Vital statistics of India. Vol. IV, Annual returns from 1871 to 1876. British Army of India, Native Army and jails of Bengal
Year: 1871
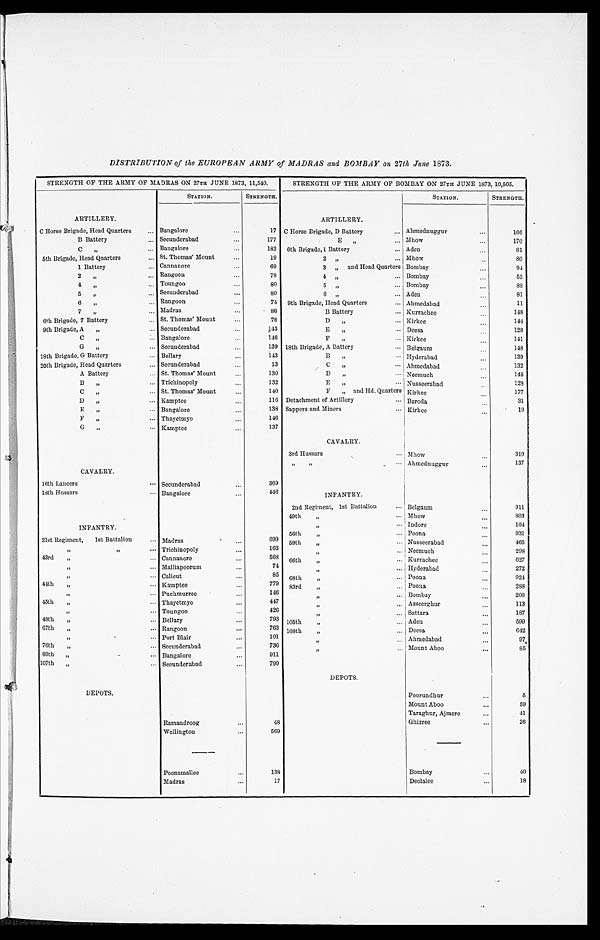
DISTRIBUTION of the EUROPEAN ARMY of MADRAS and BOMBAY on 27th June 1873.
STRENGTH OF THE ARMY OF MADRAS ON 27TH JUNE 1873, 11,540.
STRENGTH OF THE ARMY OF BOMBAY ON 27TH JUNE 1873, 10,505.
STATION.
STRENGTH.
STATION.
STRENGTH.
ARTILLERY.
ARTILLERY.
C Horse Brigade, Head Quarters . . . Bangalore . . .
17 C Horse Brigade, D Battery . . .
Ahmednuggur . . .
166
B Battery . . . Secunderabad . . .
177
E " . . .
Mhow . . .
170
C
" Bangalore . . .
182
6th Brigade, 1 Battery . . .
Aden . . .
8 1
5th Brigade, Head Quarters . . . St. Thomas' Mount . . .
19
2 " . . . Mhow . . .
80
1 Battery . . . Cannanore . . .
69
3 " and Head Quarters Bombay . . .
9 4
2 " . . . Rangoon . . .
78
4 " . . . Bombay . . .
55
4 " . . .
Toungoo . . .
80
5 " . . .
Bombay . . .
8 8
5 " . . . Secunderabad . . .
80
6 " . . .
Aden . . .
81
6 " . . . Rangoon . . .
74
9th Brigade, Head Quarters . . .
Ahmedabad . . .
11
7 " . . .
Madras . . .
86
B Battery . . .
Kurrachee . . .
1 4 8
6th Brigade, 7 Battery . . . St. Thomas' Mount . . .
78
D " . . . Kirkee . . .
1 4 4
9th Brigade, A " . . . Secunderabad . . .
143
E ". . .
Deesa . . .
1 2 8
C " . . . Bangalore . . .
146
F " . . .
Kirkee . . .
141
G " . . . Secunderabad . . .
139 18th Brigade, A Battery . . .
Belgaum . . .
1 4 8
18th Brigade, G Battery . . .
•
Bellary...
1 4 3
B ". . .
Hyderabad . . .
139
20th Brigade, Head Quarters . . . Secunderabad . . .
13
C " . . .
Ahmedabad . . .
132
A Battery . . . St. Thomas'Mount... 1 3 0
D " . . . Neemuch . . .
145
B " . . . Trichinopoly . . .
132
E" . . . Nusseerabad . . .
128
C " . . . St. Thomas' Mount . . .
140
F " and Hd. Quarters Kirkee . . .
177
D " . . . Kamptee . . .
116 Detachment of Artillery . . . Baroda . . .
31
E " . . . Bangalore . . .
138 Sappers and Miners . . . Kirkee . . .
19
F " . . . Thayetmyo . . .
146
G " . . . Kamptee . . .
137
CAVALRY.
3rd Hussars . . . Mhow . . .
319
" " . . . Ahmednuggur . . .
137
CAVALRY.
16th Lancers . . . Secunderabad . . .
369
18th Hussars . . . Bangalore . . .
446
INFANTRY.
2nd Regiment, 1st Battalion . . . Belgaum . . .
911
49th " . . . Mhow . . .
803
INFANTRY.
" . . . Indore . . .
104
56th " . . . Poona . . .
931
21st Regiment, 1st Battalion . . .
M a d r a s . . .
6 9 9
59th " . . . Nusseerabad . . .
465
" " . . . Trichinopoly . . .
163
" . . . Neemuch . . .
298
43rd " . . . Cannanore . . .
568
66th " . . . Kurrachee . . .
627
" . . . Malliapoorum . . .
74
" . . . Hyderabad . . .
2 7 2
" . . . Calicut . . .
85
68th " . . . Poona . . .
9 2 4
44th " . . . Kamptee . . .
779
83rd " . . . Poona . . .
2 8 8
" . . . Puchmurree . . .
146
" . . .
Bombay . . .
2 0 8
45th " . . . Thayetmyo . . .
447
" . . . Asseerghur . . .
113
" . . . Toungoo . . .
426
" . . . Sattara . . .
187
48th " . . . Bellary . . .
793 105th " . . . Aden . . .
5 9 9
67th " . . . Rangoon . . .
763 108th " . . . Deesa . . .
642
" . . . Port Blair . . .
101
" . . . Ahmedabad . . .
97
76th " . . . Secunderabad . . .
736
" . . . Mount Aboo . . .
85
89th " . . . Bangalore . . .
911
107th " . . . Secunderabad . . .
799
DEPOTS.
DEPOTS.
Poorundhur . . .
5
Mount Aboo . . .
59
Taraghur, Ajmere . . .
41
Ramandroog . . .
48
Ghizree . . .
26
Wellington . . .
569
Poonamallee . . .
138
Bombay . . .
40
Madras . . .
17
Deolalee . . .
18